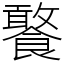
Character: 饏